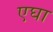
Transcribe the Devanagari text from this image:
एघा